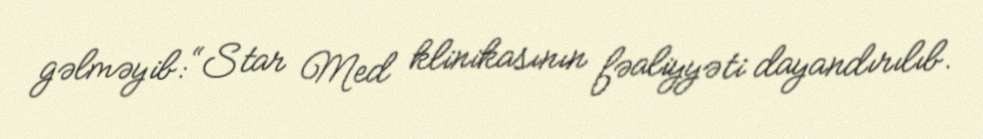
gəlməyib: “Star Med klinikasının fəaliyyəti dayandırılıb.